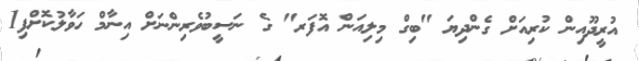
އުރީދޫއިން ކުރިއަށް ގެންދިޔަ "ބިގް މިލިއަން އޮފަރ" ގެ ނަސީބުވެރިންނަށް އިނާމް ހަވާލުކޮށްފި1